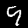
Label: 9